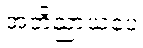
အဘိညာယပေ